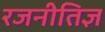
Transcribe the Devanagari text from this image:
रजनीतिज्ञ